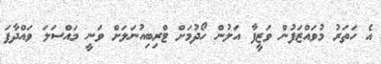
އެ ހަތަރު މުވައްޒަފުން ވަޒީފާ އަލުން ހޯދުމަށް ޓްރިބިއުނަލަށް ވަނީ މައްސަލަ ވައްދާފަ